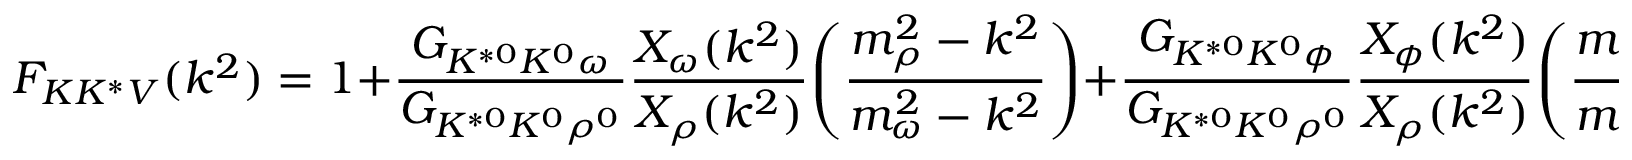
F _ { K K ^ { * } V } ( k ^ { 2 } ) = 1 + { \frac { G _ { K ^ { * 0 } K ^ { 0 } \omega } } { G _ { K ^ { * 0 } K ^ { 0 } \rho ^ { 0 } } } } { \frac { X _ { \omega } ( k ^ { 2 } ) } { X _ { \rho } ( k ^ { 2 } ) } } \Biggl ( { \frac { m _ { \rho } ^ { 2 } - k ^ { 2 } } { m _ { \omega } ^ { 2 } - k ^ { 2 } } } \Biggr ) + { \frac { G _ { K ^ { * 0 } K ^ { 0 } \phi } } { G _ { K ^ { * 0 } K ^ { 0 } \rho ^ { 0 } } } } { \frac { X _ { \phi } ( k ^ { 2 } ) } { X _ { \rho } ( k ^ { 2 } ) } } \Biggl ( { \frac { m _ { \rho } ^ { 2 } - k ^ { 2 } } { m _ { \phi } ^ { 2 } - k ^ { 2 } } } \Biggr )